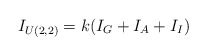
\begin{align*}I_{U(2,2)} = k( I_G + I_A + I_I)\end{align*}